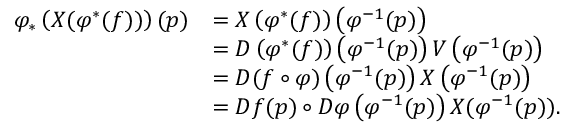
\begin{array} { r l } { \varphi _ { * } \left( X ( \varphi ^ { * } ( f ) ) \right) ( p ) } & { = X \left( \varphi ^ { * } ( f ) \right) \left( \varphi ^ { - 1 } ( p ) \right) } \\ & { = D \left( \varphi ^ { * } ( f ) \right) \left( \varphi ^ { - 1 } ( p ) \right) V \left( \varphi ^ { - 1 } ( p ) \right) } \\ & { = D ( f \circ \varphi ) \left( \varphi ^ { - 1 } ( p ) \right) X \left( \varphi ^ { - 1 } ( p ) \right) } \\ & { = D f ( p ) \circ D \varphi \left( \varphi ^ { - 1 } ( p ) \right) X ( \varphi ^ { - 1 } ( p ) ) . } \end{array}